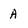
Character: A